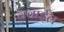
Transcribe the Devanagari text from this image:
क्वाईल